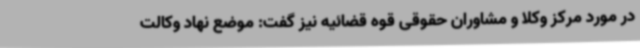
در مورد مرکز وکلا و مشاوران حقوقی قوه قضائیه نیز گفت: موضع نهاد وکالت